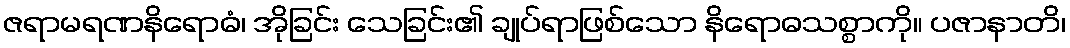
ဇရာမရဏနိရောဓံ၊ အိုခြင်း သေခြင်း၏ ချုပ်ရာဖြစ်သော နိရောဓသစ္စာကို။ ပဇာနာတိ၊